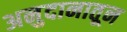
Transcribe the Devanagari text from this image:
अनुदानातून